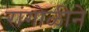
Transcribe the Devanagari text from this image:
रांंगोळीने